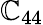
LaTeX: \mathbb{C}_{44}